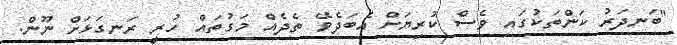
"ބަނދަރު ކަންތަކުގައި ވެސް ކުރިޔަށް އެބަދެވޭ ތެދެއް މަގުތައް ހުރީ ރަނގަޅަށް ނޫން.